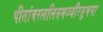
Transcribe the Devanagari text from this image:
पीतांबरललितमज्जीरसुभगा